Indian journal of veterinary science and animal husbandry - Volumes 18-21, 1948-1951
Year: 1948
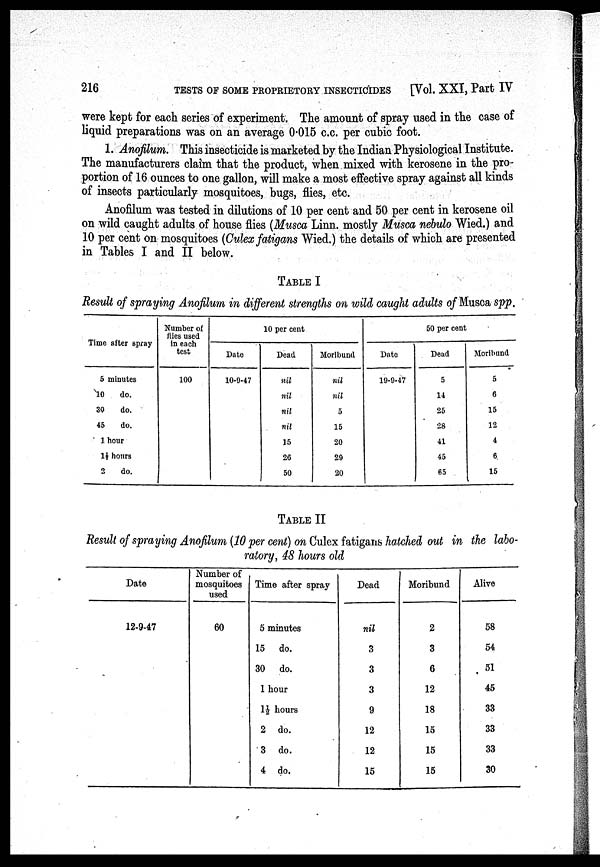
216
TESTS OF SOME PROPRIETORY INSECTICIDES
[Vol. XXI, Part IV
were kept for each series of experiment. The amount of spray used in the case of
liquid preparations was on an average 0.015 c.c. per cubic foot.
1. Anofilum. This insecticide is marketed by the Indian Physiological Institute.
The manufacturers claim that the product, when mixed with kerosene in the pro-
portion of 16 ounces to one gallon, will make a most effective spray against all kinds
of insects particularly mosquitoes, bugs, flies, etc.
Anofilum was tested in dilutions of 10 per cent and 50 per cent in kerosene oil
on wild caught adults of house flies (Musca Linn. mostly Musca nebulo Wied.) and
10 per cent on mosquitoes (Culex fatigans Wied.) the details of which are presented
in Tables I and II below.
TABLE I
Result of spraying Anofilum in different strengths on wild caught adults of Musca spp.
Time after spray
5 minutes
10
do.
30
do.
45
do.
1 hour
1½ hours
2
do.
Number of
flies used
in each
test
100
10 per cent
Date
10-9-47
Dead
nil
nil
nil
nil
15
26
50
Moribund
nil
nil
5
15
20
20
20
50 per cent
Date
19-9-47
Dead
5
14
25
28
41
45
65
Moribund
5
6
15
12
4
6
15
TABLE II
Result of spraying Anofilum (10 per cent) on Culex fatigans hatched out in the labo-
ratory, 48 hours old
Date
12-9-47
Number of
mosquitoes
used
60
Time after spray
5 minutes
15 do.
30 do.
1 hour
1½ hours
2 do.
3 do.
4 do.
Dead
nil
3
3
3
9
12
12
15
Moribund
2
3
6
12
18
15
15
15
Alive
58
54
51
45
33
33
33
30